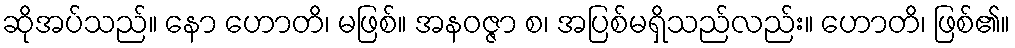
ဆိုအပ်သည်။ နော ဟောတိ၊ မဖြစ်။ အနဝဇ္ဇာ စ၊ အပြစ်မရှိသည်လည်း။ ဟောတိ၊ ဖြစ်၏။